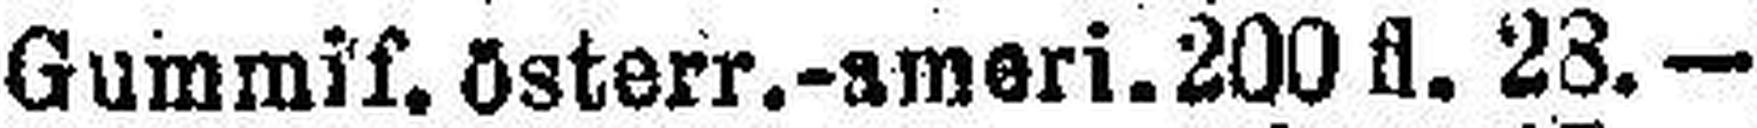
Gummif. österr.-ameri. 200 fl. 23.—